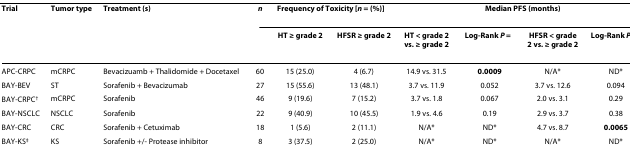
| Trial | Tumor type | Treatment (s) | n | <COLSPAN=2> Frequency of Toxicity [n = (%)] | <COLSPAN=4> Median PFS (months) |
 |  |  |  |  | HT ≥ grade 2 | HFSR ≥ grade 2 | HT < grade 2 vs. ≥ grade 2 | Log-Rank P = | HFSR < grade 2 vs. ≥ grade 2 | Log-Rank P = |
 | --- | --- | --- | --- | --- | --- | --- | --- | --- | --- |
 | APC-CRPC | mCRPC | Bevacizuamb + Thalidomide + Docetaxel | 60 | 15 (25.0) | 4 (6.7) | 14.9 vs. 31.5 | 0.0009 | N/A* | ND* |
 | BAY-BEV | ST | Sorafenib + Bevacizumab | 27 | 15 (55.6) | 13 (48.1) | 3.7 vs. 11.9 | 0.052 | 3.7 vs. 12.6 | 0.094 |
 | BAY-CRPC† | mCRPC | Sorafenib | 46 | 9 (19.6) | 7 (15.2) | 3.7 vs. 1.8 | 0.067 | 2.0 vs. 3.1 | 0.29 |
 | BAY-NSCLC | NSCLC | Sorafenib | 22 | 9 (40.9) | 10 (45.5) | 1.9 vs. 4.6 | 0.19 | 2.9 vs. 3.7 | 0.38 |
 | BAY-CRC | CRC | Sorafenib + Cetuximab | 18 | 1 (5.6) | 2 (11.1) | N/A* | ND* | 4.7 vs. 8.7 | 0.0065 |
 | BAY-KS‡ | KS | Sorafenib +/- Protease inhibitor | 8 | 3 (37.5) | 2 (25.0) | N/A* | ND* | N/A* | ND* |